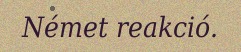
Német reakció.